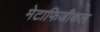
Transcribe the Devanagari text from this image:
मेटाफिजीकल